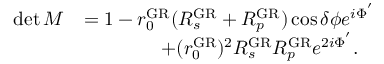
\begin{array} { r l } { \operatorname* { d e t } M } & { = 1 - r _ { 0 } ^ { \mathrm { G R } } ( R _ { s } ^ { \mathrm { G R } } + R _ { p } ^ { \mathrm { G R } } ) \cos \delta \phi e ^ { i \Phi ^ { ' } } } \\ & { \qquad \qquad + ( r _ { 0 } ^ { \mathrm { G R } } ) ^ { 2 } R _ { s } ^ { \mathrm { G R } } R _ { p } ^ { \mathrm { G R } } e ^ { 2 i \Phi ^ { ' } } . } \end{array}